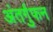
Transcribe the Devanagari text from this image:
अंतर्गुफन